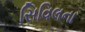
સિવિલના